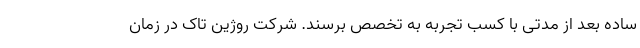
ساده بعد از مدتی با کسب تجربه به تخصص برسند. شرکت روژین تاک در زمان